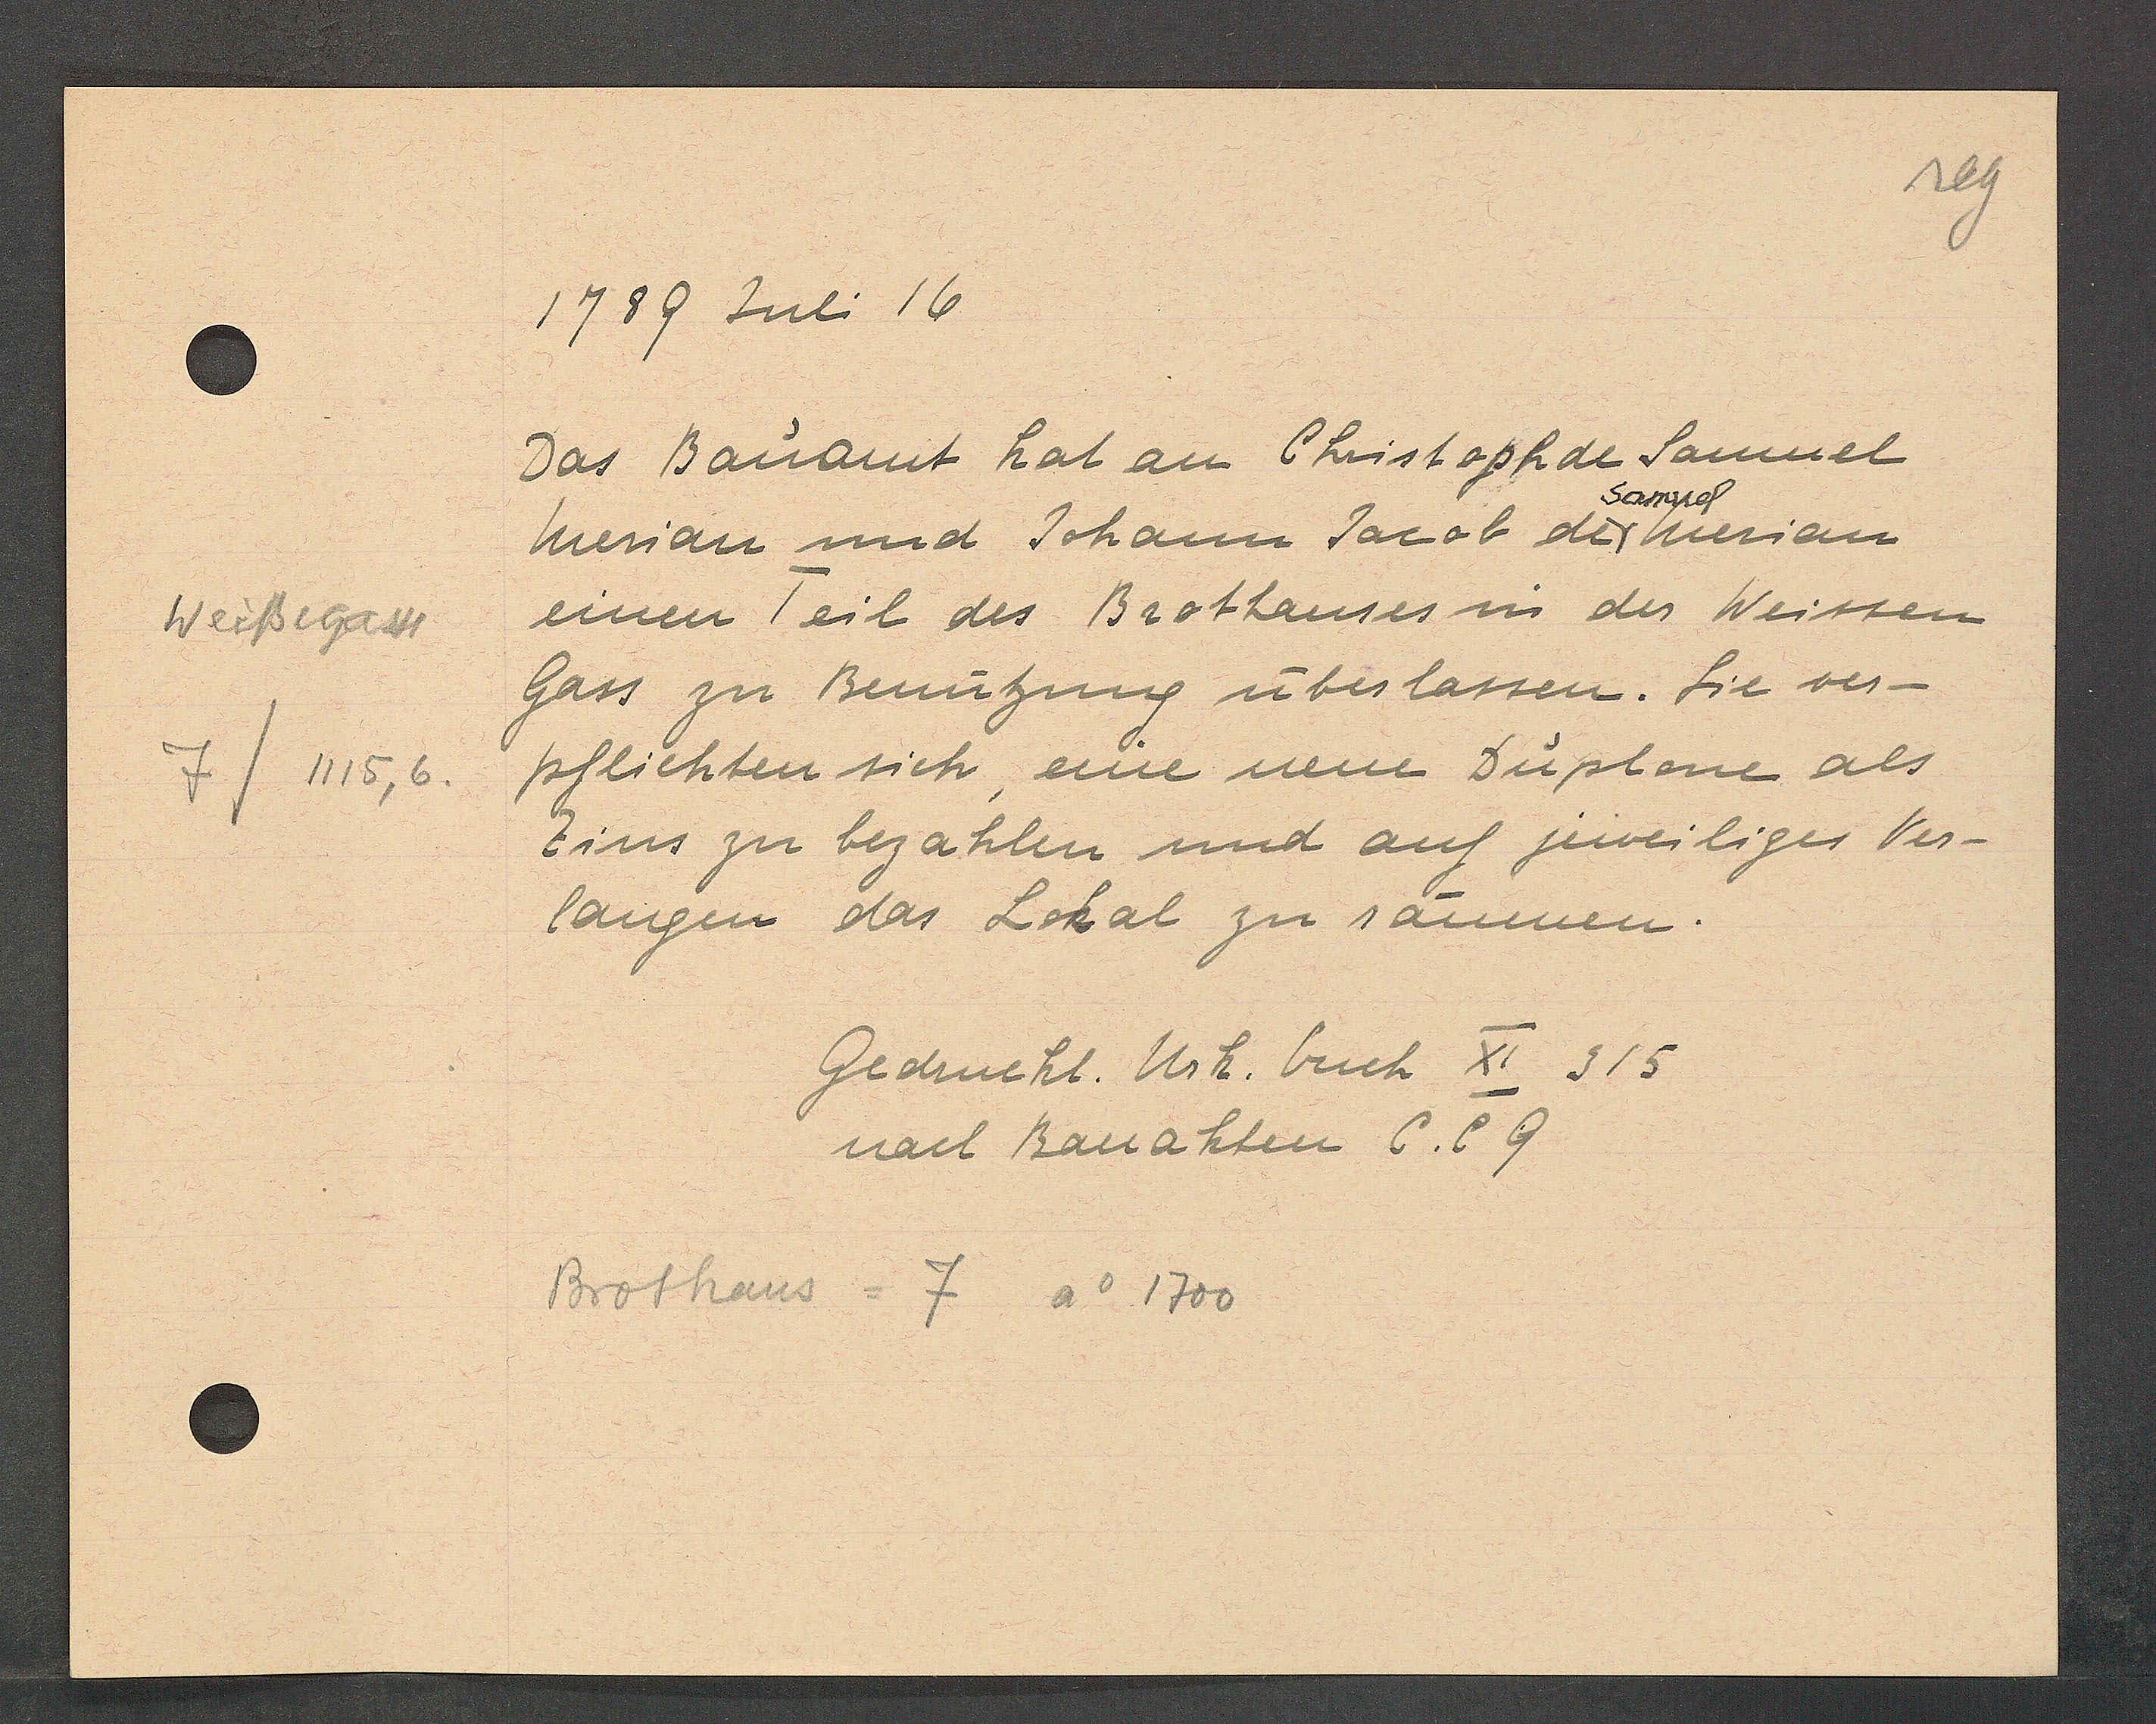
Transcript:
Weissegasse
7/1115,6.

1789 Juli 16
Das Bauamt hat am Christophae Samuel
merian und Johann Jacob de merian
Samuel
einen Teil des Brothauses in der Weissen
Gass zu Benützung überlassen. Fie ver¬
pflichten sich, eine neue Diplome als
Zins zu bezahlen und auf jeweiligen ver¬
langen das Lokal zu räumen.

Gedruckt. Urk. buch XI. 315
nach Bauakten C. C9

Brothaus = 7 Ao 1700